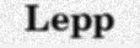
Lepp